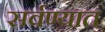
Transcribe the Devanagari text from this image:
सर्वण्यात